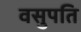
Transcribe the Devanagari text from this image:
वसुपति